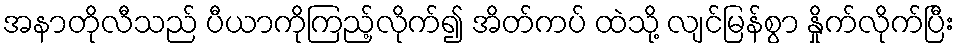
အနာတိုလီသည် ပီယာကိုကြည့်လိုက်၍ အိတ်ကပ် ထဲသို့ လျင်မြန်စွာ နှိုက်လိုက်ပြီး